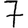
Digit: 7